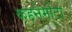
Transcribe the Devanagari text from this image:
कहनेमोटा